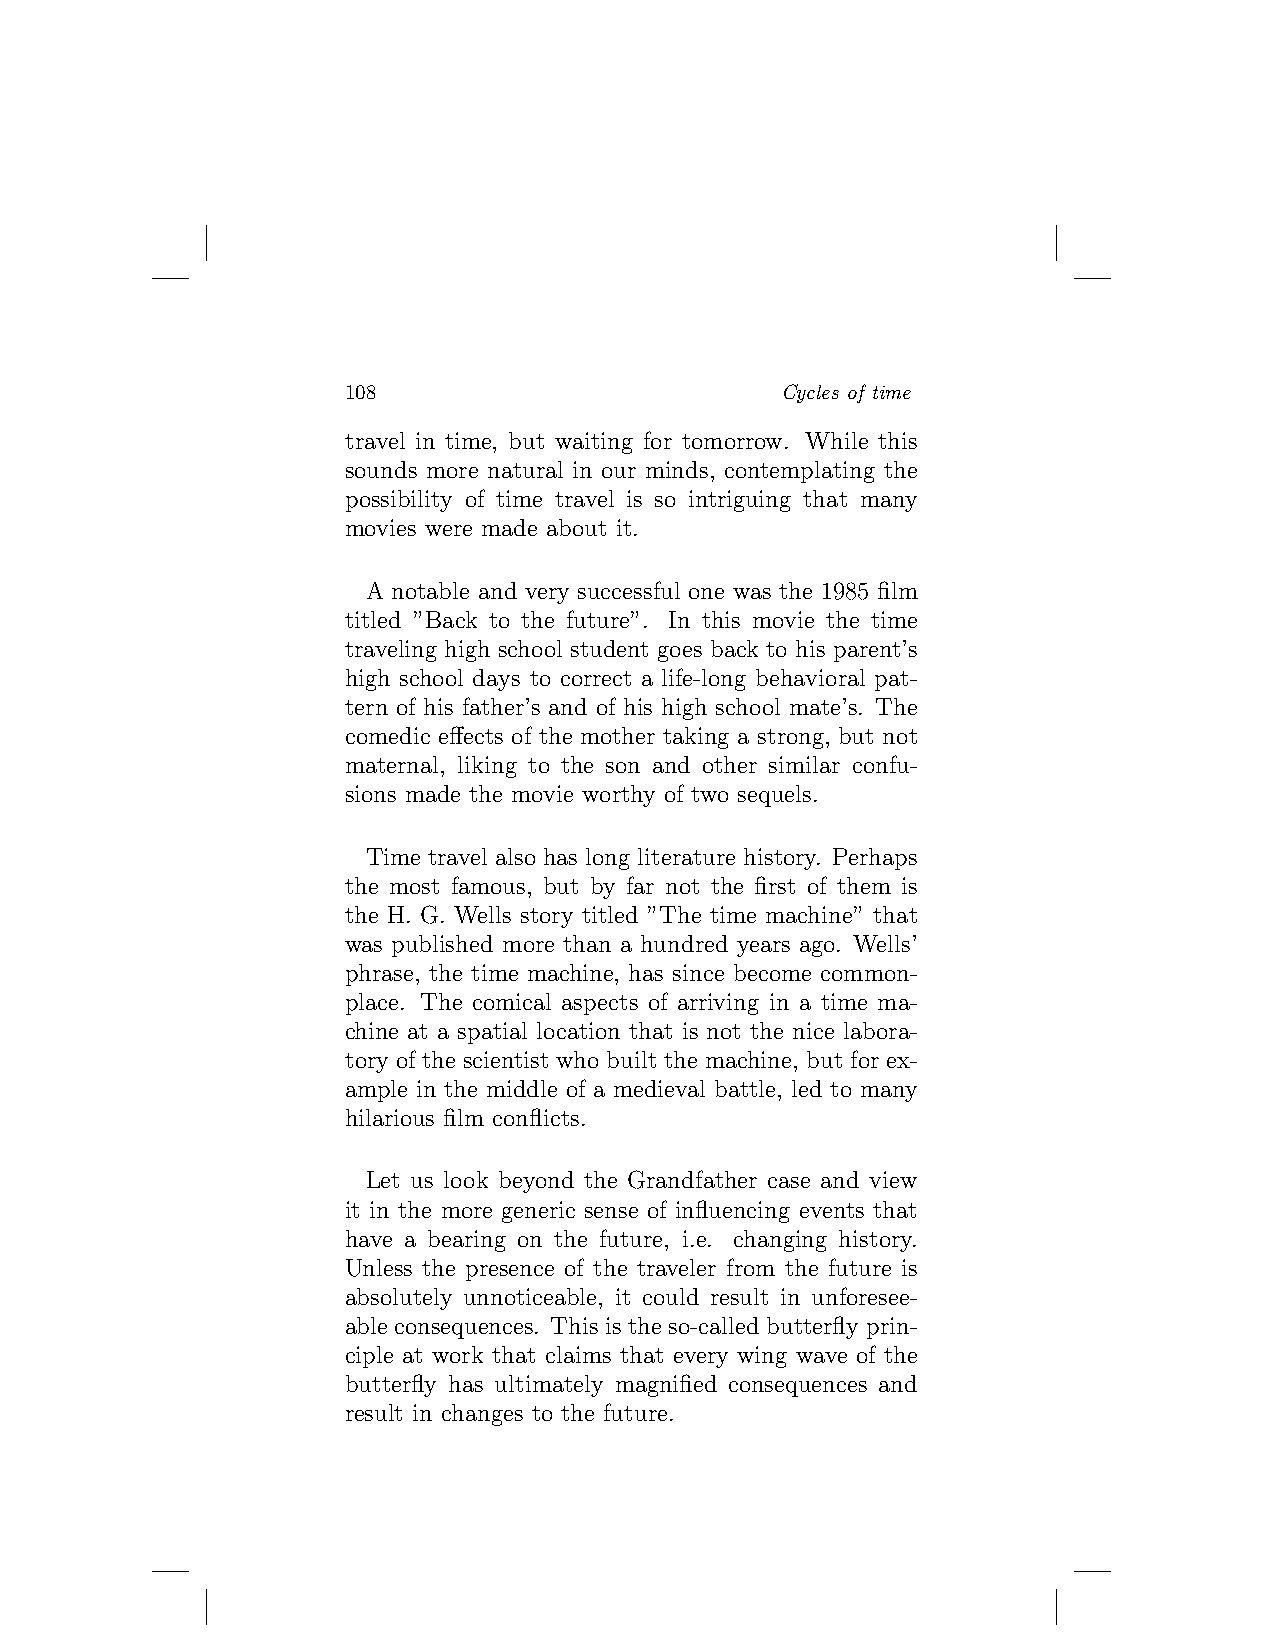
108                          Cycles of time
 travel in time, but waiting for tomorrow. While this
 sounds more natural in our minds, contemplating the
 possibility of time travel is so intriguing that many
 movies were made about it.
 A notable and very successful one was the 1985 film
 titled ”Back to the future”. In this movie the time
 traveling high school student goes back to his parent’s
 high school days to correct a life-long behavioral pat-
 tern of his father’s and of his high school mate’s. The
 comedic effects of the mother taking a strong, but not
 maternal, liking to the son and other similar confu-
 sions made the movie worthy of two sequels.
 Time travel also has long literature history. Perhaps
 the most famous, but by far not the first of them is
 the H. G. Wells story titled ”The time machine” that
 was published more than a hundred years ago. Wells’
 phrase, the time machine, has since become common-
 place. The comical aspects of arriving in a time ma-
 chine at a spatial location that is not the nice labora-
 tory of the scientist who built the machine, but for ex-
 ample in the middle of a medieval battle, led to many
 hilarious film conflicts.
 Let us look beyond the Grandfather case and view
 it in the more generic sense of influencing events that
 have a bearing on the future, i.e. changing history.
 Unless the presence of the traveler from the future is
 absolutely unnoticeable, it could result in unforesee-
 able consequences. This is the so-called butterfly prin-
 ciple at work that claims that every wing wave of the
 butterfly has ultimately magnified consequences and
 result in changes to the future.